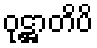
ဝုဋ္ဌာတိပိ